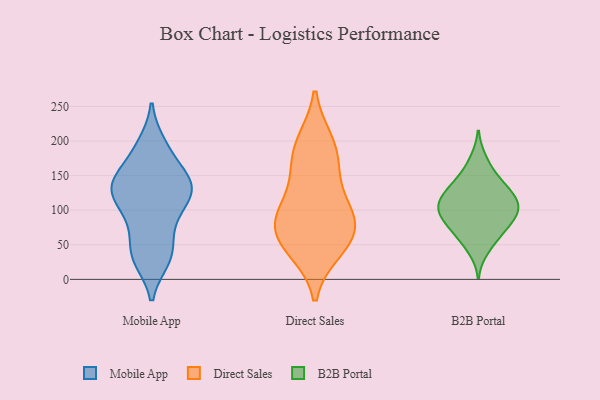
{"axis": {"x": "Operating Costs (USD K)", "y": "Value"}, "legend": ["B2B Portal", "Direct Sales", "Mobile App"], "data": [{"x": "", "y": 29, "type": "Mobile App"}, {"x": "", "y": 133, "type": "Mobile App"}, {"x": "", "y": 37, "type": "Mobile App"}, {"x": "", "y": 184, "type": "Mobile App"}, {"x": "", "y": 195, "type": "Mobile App"}, {"x": "", "y": 125, "type": "Mobile App"}, {"x": "", "y": 35, "type": "Mobile App"}, {"x": "", "y": 93, "type": "Mobile App"}, {"x": "", "y": 154, "type": "Mobile App"}, {"x": "", "y": 135, "type": "Mobile App"}, {"x": "", "y": 73, "type": "Mobile App"}, {"x": "", "y": 137, "type": "Mobile App"}, {"x": "", "y": 107, "type": "Mobile App"}, {"x": "", "y": 135, "type": "Mobile App"}, {"x": "", "y": 90, "type": "Direct Sales"}, {"x": "", "y": 196, "type": "Direct Sales"}, {"x": "", "y": 91, "type": "Direct Sales"}, {"x": "", "y": 152, "type": "Direct Sales"}, {"x": "", "y": 57, "type": "Direct Sales"}, {"x": "", "y": 199, "type": "Direct Sales"}, {"x": "", "y": 42, "type": "Direct Sales"}, {"x": "", "y": 82, "type": "Direct Sales"}, {"x": "", "y": 115, "type": "Direct Sales"}, {"x": "", "y": 167, "type": "Direct Sales"}, {"x": "", "y": 76, "type": "Direct Sales"}, {"x": "", "y": 45, "type": "Direct Sales"}, {"x": "", "y": 105, "type": "B2B Portal"}, {"x": "", "y": 153, "type": "B2B Portal"}, {"x": "", "y": 96, "type": "B2B Portal"}, {"x": "", "y": 106, "type": "B2B Portal"}, {"x": "", "y": 128, "type": "B2B Portal"}, {"x": "", "y": 119, "type": "B2B Portal"}, {"x": "", "y": 79, "type": "B2B Portal"}, {"x": "", "y": 89, "type": "B2B Portal"}, {"x": "", "y": 136, "type": "B2B Portal"}, {"x": "", "y": 84, "type": "B2B Portal"}, {"x": "", "y": 66, "type": "B2B Portal"}, {"x": "", "y": 112, "type": "B2B Portal"}, {"x": "", "y": 60, "type": "B2B Portal"}, {"x": "", "y": 135, "type": "B2B Portal"}, {"x": "", "y": 103, "type": "B2B Portal"}, {"x": "", "y": 43, "type": "B2B Portal"}, {"x": "", "y": 174, "type": "B2B Portal"}]}